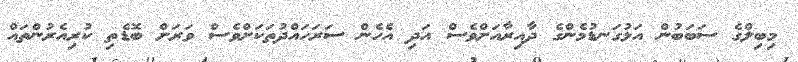
މިބިލްގެ ސަބަބުން އަޅުގަނޑުމެންގެ ދާއިރާއަށްވެސް އަދި އެހެން ސަރަހައްދުތަކަށްވެސް ވަރަށް ބޮޑެތި ކުރިއެރުންތައް